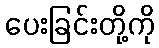
ပေးခြင်းတို့ကို